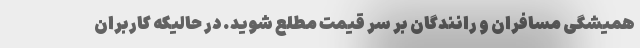
همیشگی مسافران و رانندگان بر سر قیمت مطلع شوید. در حالیکه کاربران